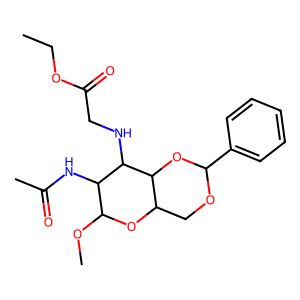
SMILES: CCOC(=O)CNC1C(NC(C)=O)C(OC)OC2COC(c3ccccc3)OC21
Inhibits HIV replication: No